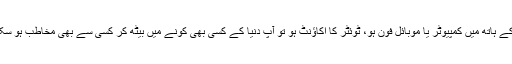
اب آپ کے ہاتھ میں کمپیوٹر یا موبائل فون ہو، ٹوئٹر کا اکاؤنٹ ہو تو آپ دنیا کے کسی بھی کونے میں بیٹھ کر کسی سے بھی مخاطب ہو سکتے ہیں۔